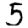
Digit: 5